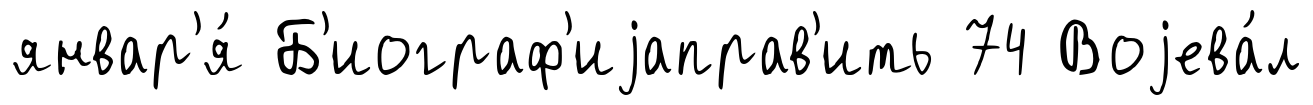
январ'я́ Б'иограф'иjаправ'ить 74 Воjева́л